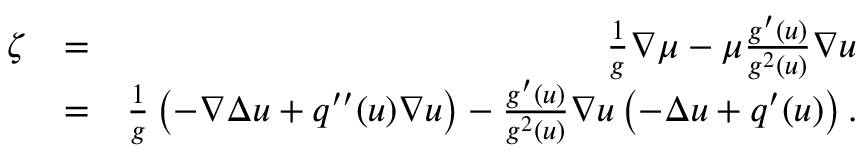
\begin{array} { r l r } { \zeta } & { = } & { \frac { 1 } { g } \nabla \mu - \mu \frac { g ^ { \prime } ( u ) } { g ^ { 2 } ( u ) } \nabla u } \\ & { = } & { \frac { 1 } { g } \left( - \nabla \Delta u + q ^ { \prime \prime } ( u ) \nabla u \right) - \frac { g ^ { \prime } ( u ) } { g ^ { 2 } ( u ) } \nabla u \left( - \Delta u + q ^ { \prime } ( u ) \right) . } \end{array}